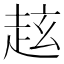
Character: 𧺻